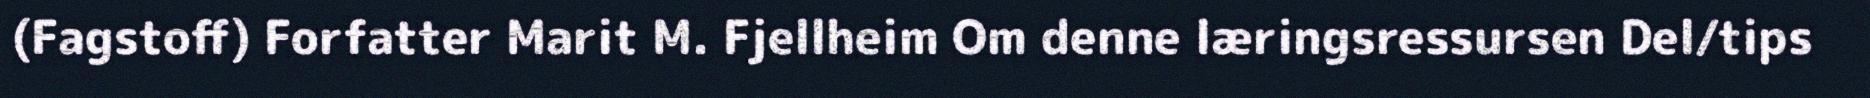
(Fagstoff) Forfatter Marit M. Fjellheim Om denne læringsressursen Del/tips